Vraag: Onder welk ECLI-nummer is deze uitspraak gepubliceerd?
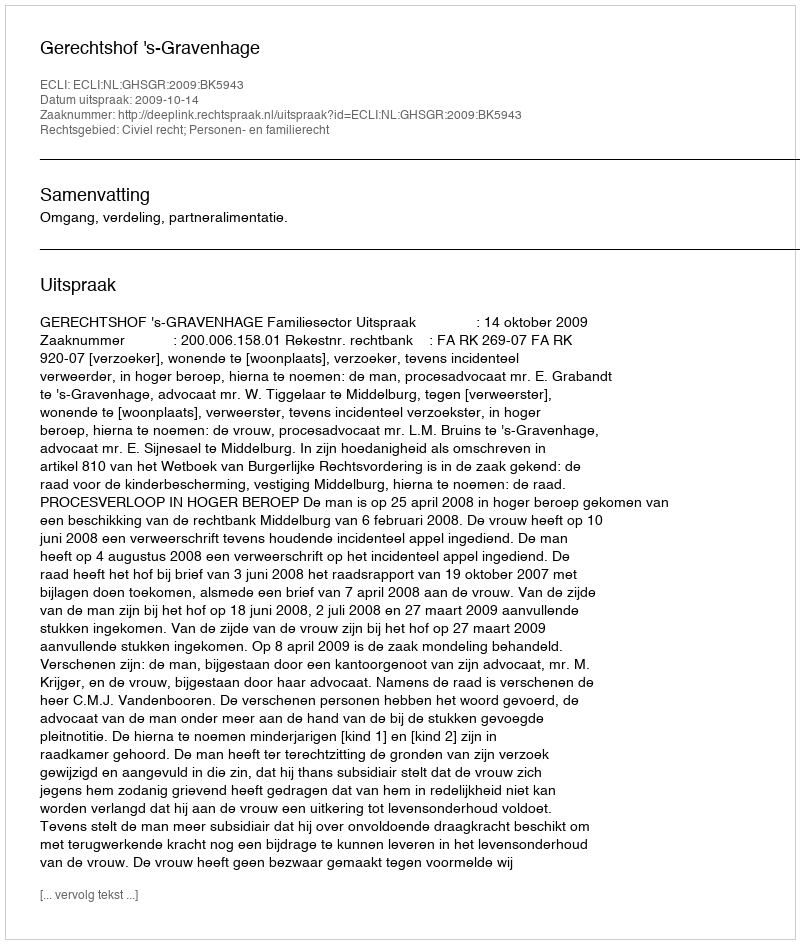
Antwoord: ECLI:NL:GHSGR:2009:BK5943